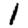
Digit: 1